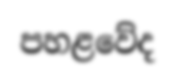
පහළවේද